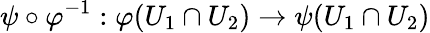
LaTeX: \psi\circ\varphi^{-1}:\varphi(U_{1}\cap U_{2})\to\psi(U_{1}\cap U_{2})